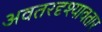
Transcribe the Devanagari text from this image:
अवतरदृश्यावतार